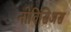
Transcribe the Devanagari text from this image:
नोविसिअस